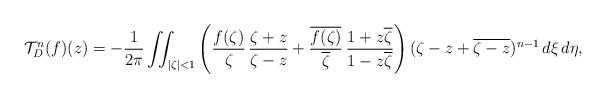
LaTeX: \begin{align*}\mathcal{T}_D^n(f)(z) = - \frac{1}{2\pi}\iint_{|\zeta|<1} \left( \frac{f(\zeta)}{\zeta}\,\frac{\zeta + z}{\zeta - z} + \frac{\overline{f(\zeta)}}{\overline{\zeta}}\,\frac{1+z\overline{\zeta}}{1-z\overline{\zeta}}\right)(\zeta - z+\overline{\zeta - z})^{n-1}\,d\xi\,d\eta,\end{align*}